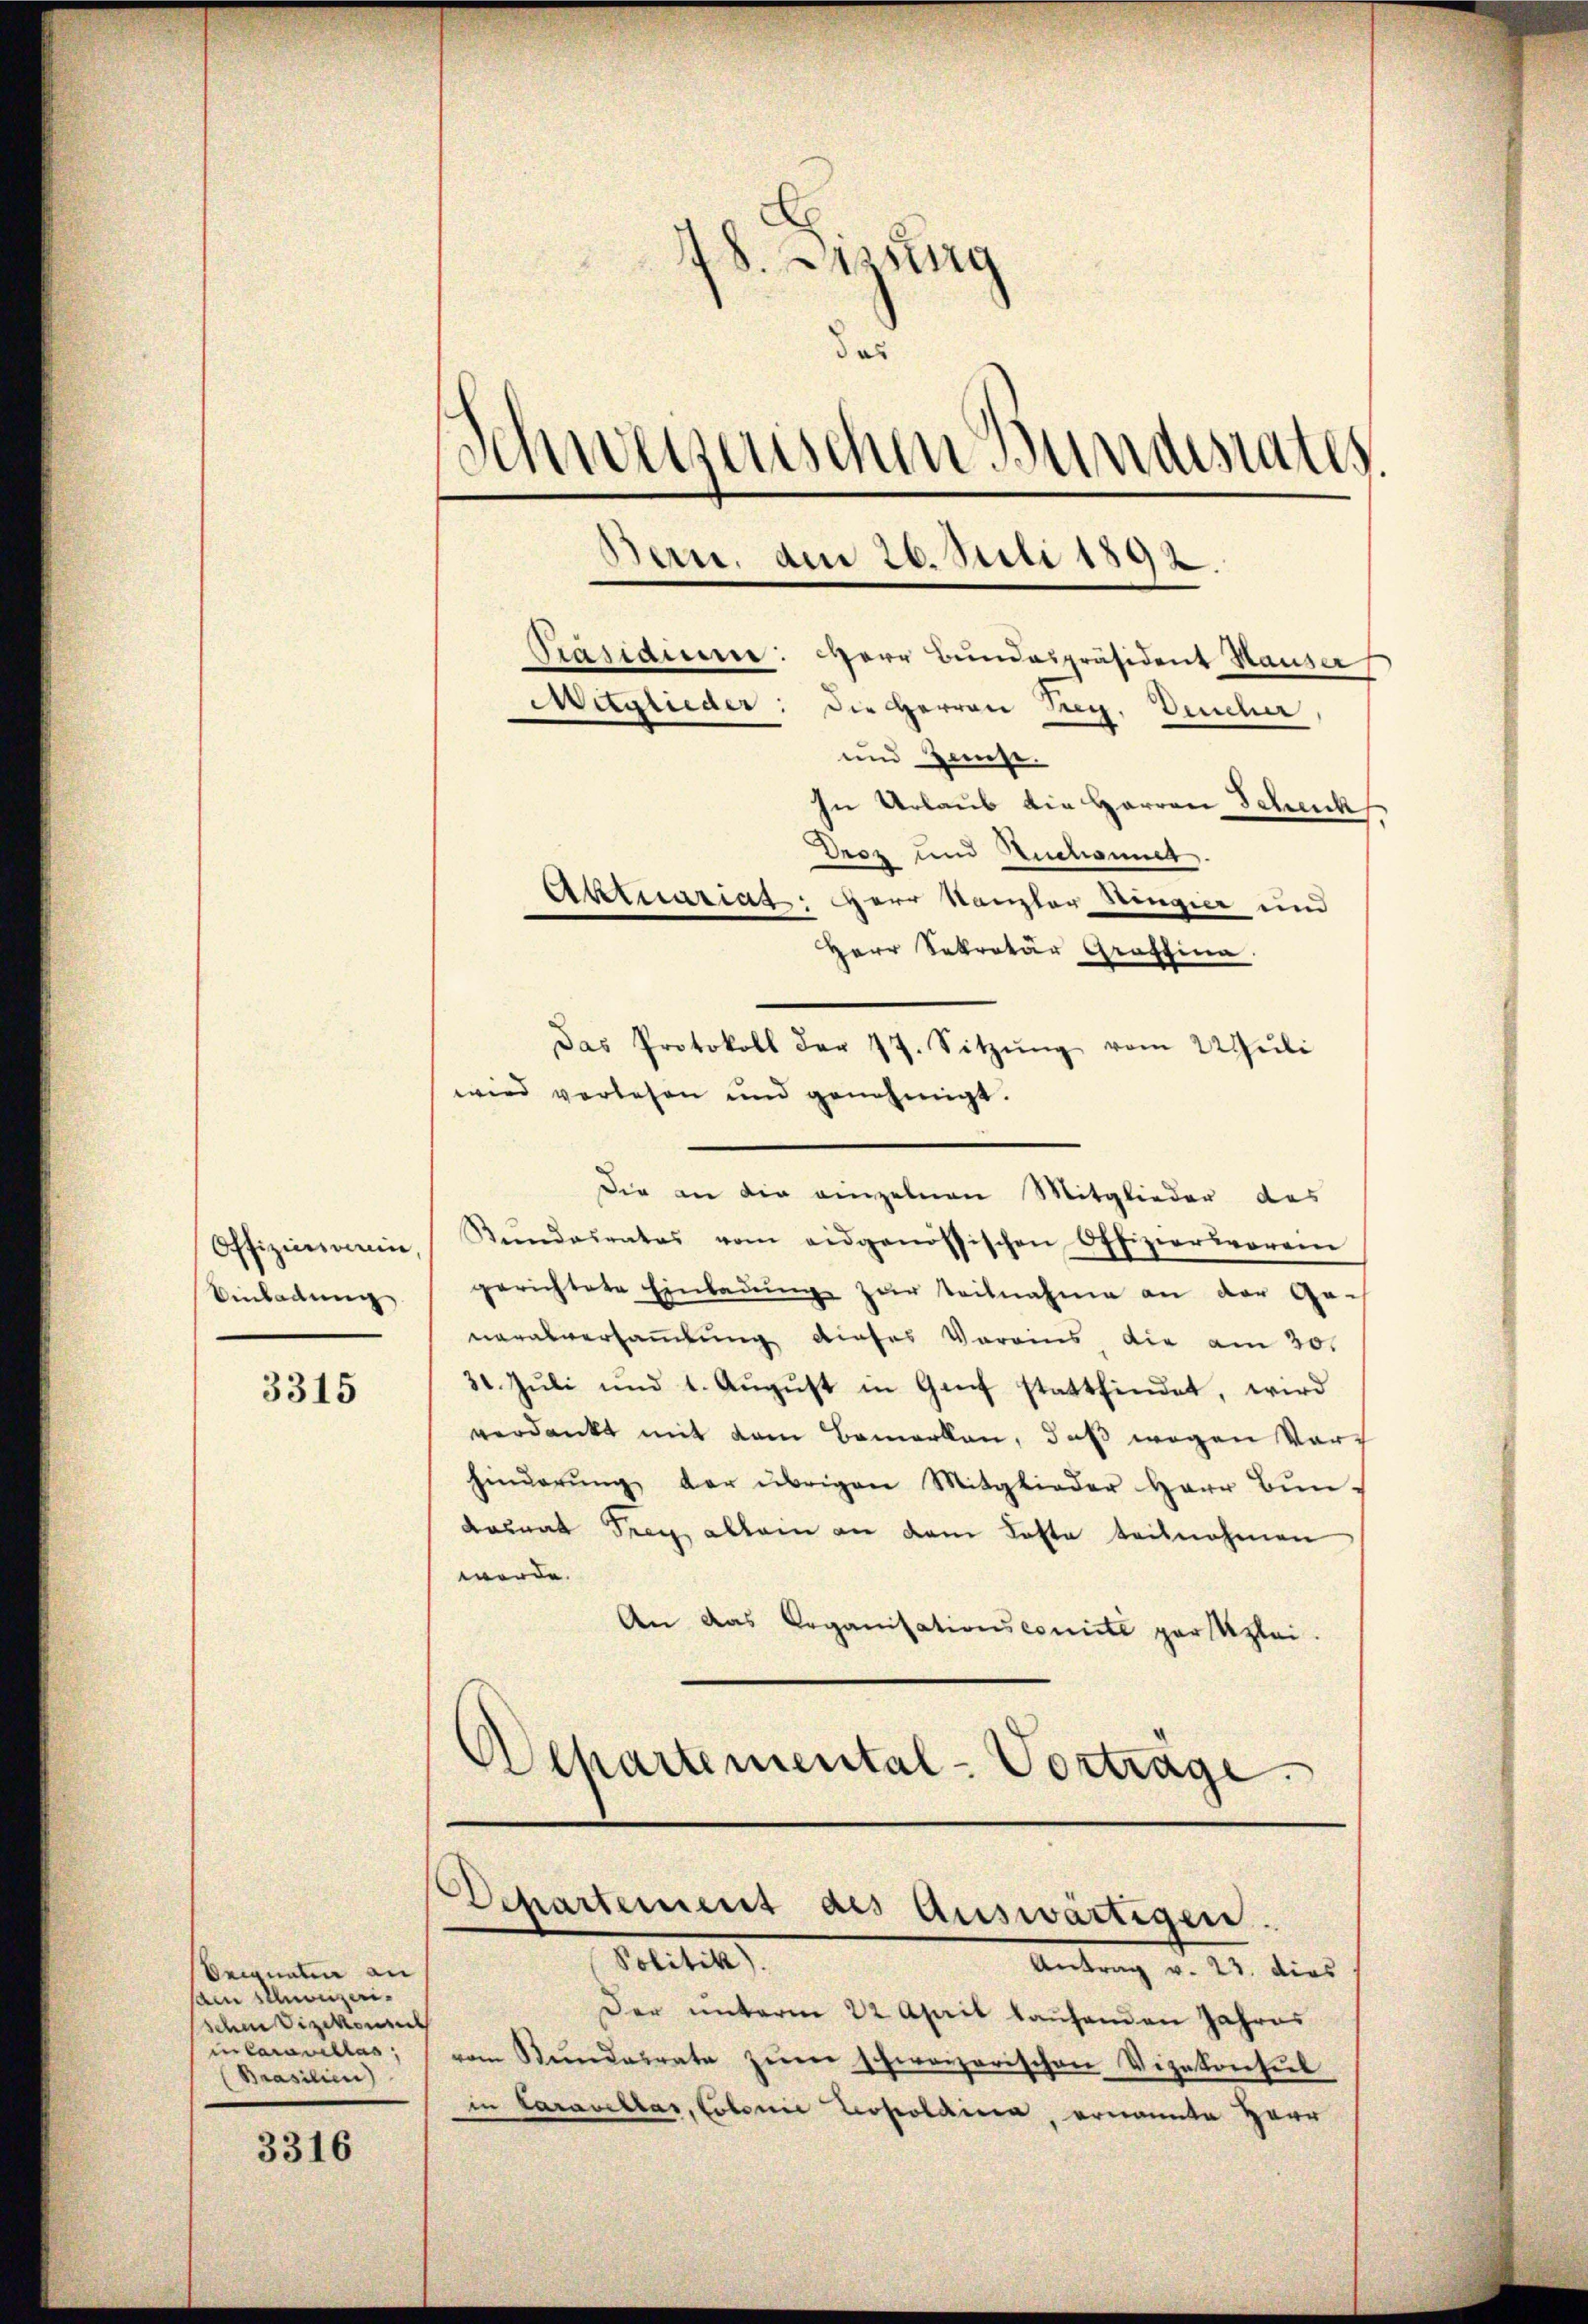
Offizinsein
Einladung

3315

3316

Seignern an
sain Muonzerisdem Vizekonses
in Caravillas
Brasilien)

18. Jung
das
Schweizerischen Bundesrates
Bern, den 26. Juli 1892.

Weglieder: Die Herren Tag, Deucher
und Hause.
In Urlaub die Herren Schuck
Droz und Aichnit
Aktuariat: Herr Kanzler Dingier und
Herr Sekretär Graffina
Das Protokoll der 17. Sitzŭng vom 22 Juli
wird verlesen und genehmigt.
Die an die einzelnen Mitglieder des
Kŭndesrates vom eidgenössischen Offizierloren
gerichtete Einladung zur Teilnahme an der Generalversammlung dieses Vorains die am 20.
31. Jŭli und 1. Aŭgŭst in Genf stattfindet, wird
verdankt mit dem Bemerken, daß wegen Vorhinderŭng der übrigen Mitglieder Herr Bŭn-
damnat Trag, allein an dem Koste teilnehmen
werde.
An das Organisationscomité par Klei
Departemental-Vorträge.

Prasidume: Herr Bundespräsident Hauser

¬
Departement als Auswärtigen.
Politik).

Antrag v. 23. dies
Der unterm 22 April laufenden Jahres
vom Stŭndesrate zŭm schweizerischen Vizekonseil
in Caravellar, Colonie Leopoldina, ernannte Herr